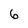
Character: 6